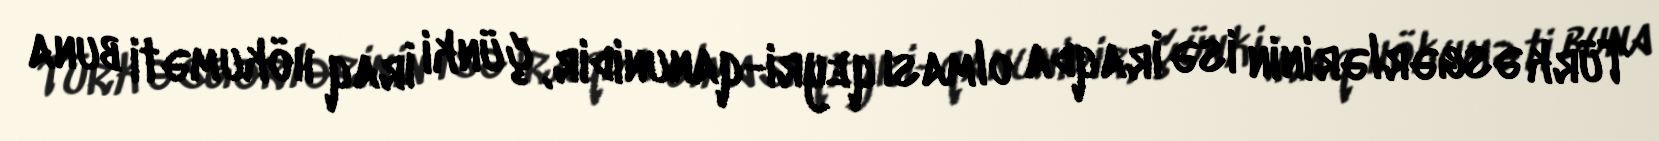
Türk əsgərlərinin isə İraqda olması qeyri-qanunidir, çünki İraq hökuməti buna